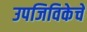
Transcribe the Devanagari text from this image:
उपजिविकेचे